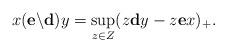
LaTeX: \begin{align*}x(\mathbf{e}\backslash\mathbf{d})y&=\sup_{z\in Z}(z\mathbf{d}y-z\mathbf{e}x)_+.\end{align*}